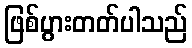
ဖြစ်ပွားတတ်ပါသည်